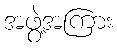
အဖွဲ့အကြား